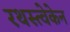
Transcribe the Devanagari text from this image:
रथस्त्वेकेन